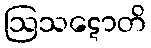
ဩသဋောတိ